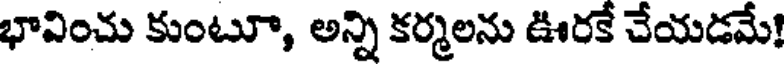
భావించు కుంటూ, అన్ని కర్మలను ఊరకే చేయడమే!